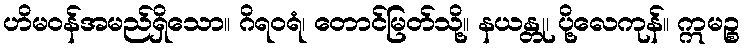
ဟိမဝန်အမည်ရှိသော။ ဂိရဝရံ၊ တောင်မြတ်သို့။ နယန္တု၊ ပို့လေကုန်။ ဣမဉ္စ